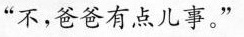
“不，爸爸有点儿事。”